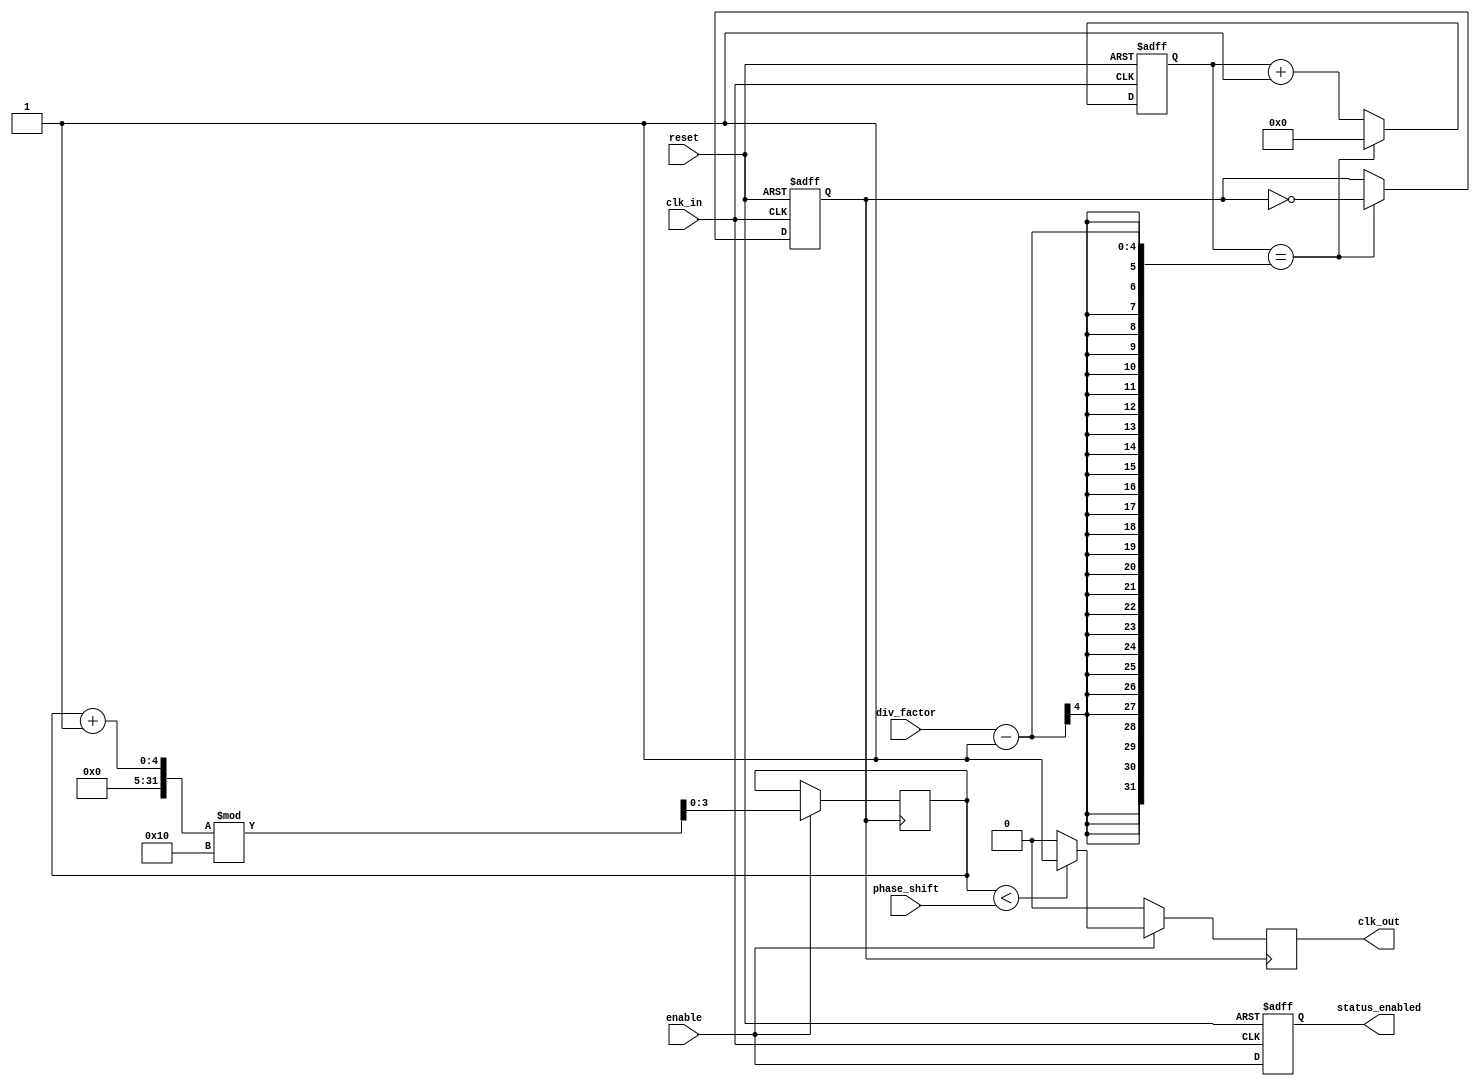
module programmable_clock_buffer (
    input wire clk_in,                // Input clock signal
    input wire [3:0] div_factor,      // Frequency division factor (1-16)
    input wire [3:0] phase_shift,      // Phase shift in ns (0-15 ns)
    input wire enable,                // Enable signal for outputs
    input wire reset,                 // Reset signal
    output reg clk_out,               // Output clock signal
    output reg status_enabled          // Status of clock enable
);

    // Internal signals
    reg [3:0] counter;                // Divisor counter
    reg [3:0] phase_count;            // Phase shift counter
    reg clk_div;                      // Divided clock signal
    
    // Clock division and edge detection
    always @(posedge clk_in or posedge reset) begin
        if (reset) begin
            counter <= 0;
            clk_div <= 0;
        end else begin
            if (counter == (div_factor - 1)) begin
                clk_div <= ~clk_div; // Toggle divided clock
                counter <= 0;
            end else begin
                counter <= counter + 1; // Increment counter
            end
        end
    end

    // Phase shifting logic (simple approach)
    always @(posedge clk_div) begin
        if (enable) begin
            phase_count <= (phase_count + 1) % 16;   // Rotate phase count
            if (phase_count < phase_shift) begin
                clk_out <= 1'b1; // High for phase duration
            end else begin
                clk_out <= 1'b0; // Low otherwise
            end
        end else begin
            clk_out <= 1'b0; // Disable output clock
        end
    end

    // Status indicator logic
    always @(posedge clk_in or posedge reset) begin
        if (reset) begin
            status_enabled <= 1'b0;
        end else begin
            status_enabled <= enable; // Update status based on enable signal
        end
    end

endmodule